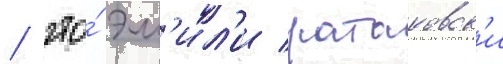
/ что́ эм'ил'и ратаковск'и